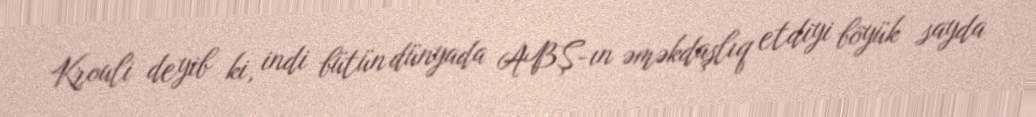
Krouli deyib ki, indi bütün dünyada ABŞ-ın əməkdaşlıq etdiyi böyük sayda